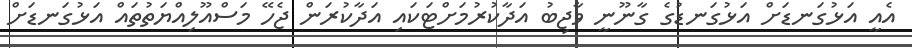
އެއީ އަޅުގަނޑަށް އަޅުގަނޑުގެ ގާނޫނީ ވާޖިބު އަދާކުރުމަށްޓަކައި އަދާކުރަން ޖެހޭ މަސްއޫލިއްޔަތުތައް އަޅުގަނޑަށް